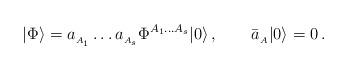
LaTeX: \begin{align*}|\Phi\rangle=a_{_{A_1}}\ldots a_{_{A_s}}\Phi^{{\scriptstyle A_1\ldots A_s}}|0\rangle\,,\qquad \bar{a}_{_A}|0\rangle=0\,.\end{align*}